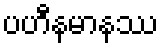
ပဟီနမာနဿ